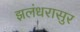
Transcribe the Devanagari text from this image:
झलंधरासुर